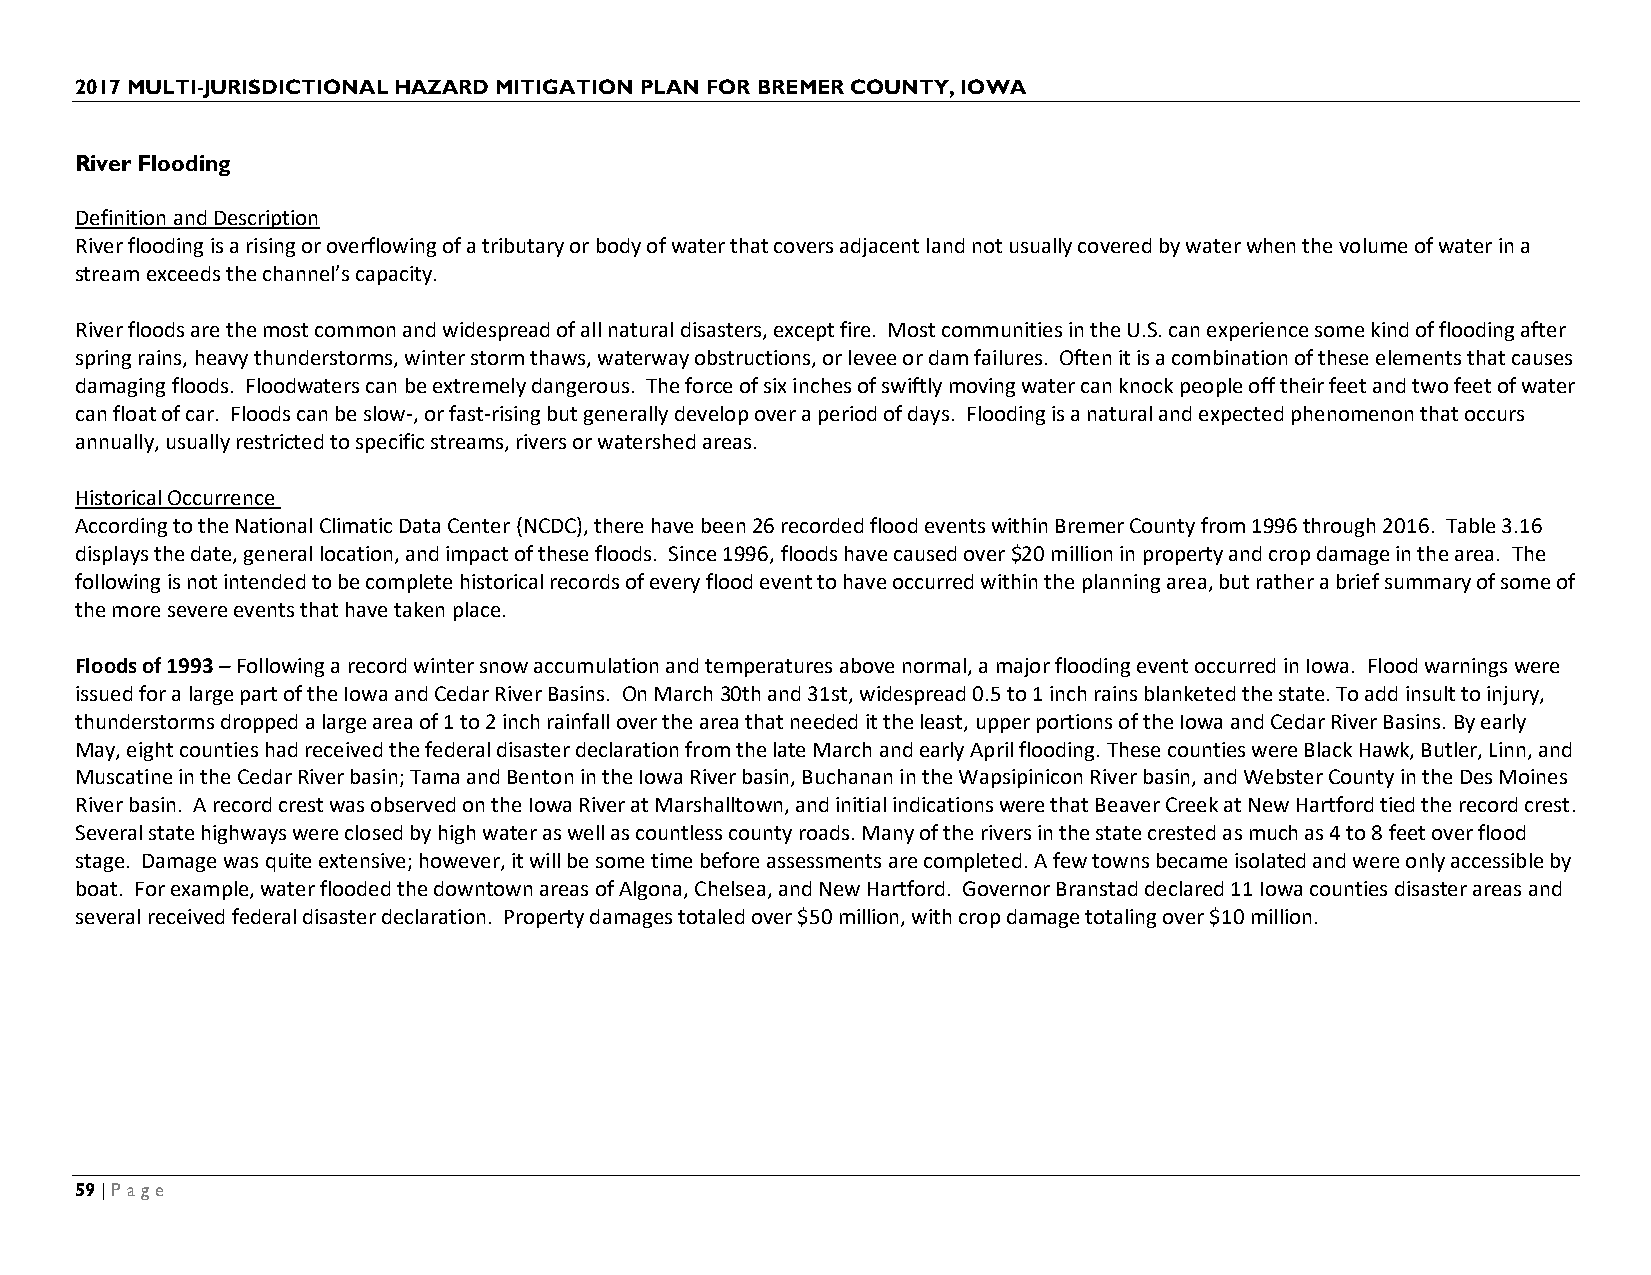
2017 MULTI-JURISDICTIONAL HAZARD MITIGATION PLAN FOR BREMER COUNTY, IOWA
 River Flooding
 Definition and Description
 River flooding is a rising or overflowing of a tributary or body of water that covers adjacent land not usually covered by water when the volume of water in a
 stream exceeds the channel’s capacity.
 River floods are the most common and widespread of all natural disasters, except fire. Most communities in the U.S. can experience some kind of flooding after
 spring rains, heavy thunderstorms, winter storm thaws, waterway obstructions, or levee or dam failures. Often it is a combination of these elements that causes
 damaging floods. Floodwaters can be extremely dangerous. The force of six inches of swiftly moving water can knock people off their feet and two feet of water
 can float of car. Floods can be slow-, or fast-rising but generally develop over a period of days. Flooding is a natural and expected phenomenon that occurs
 annually, usually restricted to specific streams, rivers or watershed areas.
 Historical Occurrence
 According to the National Climatic Data Center (NCDC), there have been 26 recorded flood events within Bremer County from 1996 through 2016. Table 3.16
 displays the date, general location, and impact of these floods. Since 1996, floods have caused over $20 million in property and crop damage in the area. The
 following is not intended to be complete historical records of every flood event to have occurred within the planning area, but rather a brief summary of some of
 the more severe events that have taken place.
 Floods of 1993 – Following a record winter snow accumulation and temperatures above normal, a major flooding event occurred in Iowa. Flood warnings were
 issued for a large part of the Iowa and Cedar River Basins. On March 30th and 31st, widespread 0.5 to 1 inch rains blanketed the state. To add insult to injury,
 thunderstorms dropped a large area of 1 to 2 inch rainfall over the area that needed it the least, upper portions of the Iowa and Cedar River Basins. By early
 May, eight counties had received the federal disaster declaration from the late March and early April flooding. These counties were Black Hawk, Butler, Linn, and
 Muscatine in the Cedar River basin; Tama and Benton in the Iowa River basin, Buchanan in the Wapsipinicon River basin, and Webster County in the Des Moines
 River basin. A record crest was observed on the Iowa River at Marshalltown, and initial indications were that Beaver Creek at New Hartford tied the record crest.
 Several state highways were closed by high water as well as countless county roads. Many of the rivers in the state crested as much as 4 to 8 feet over flood
 stage. Damage was quite extensive; however, it will be some time before assessments are completed. A few towns became isolated and were only accessible by
 boat. For example, water flooded the downtown areas of Algona, Chelsea, and New Hartford. Governor Branstad declared 11 Iowa counties disaster areas and
 several received federal disaster declaration. Property damages totaled over $50 million, with crop damage totaling over $10 million.
 59 | Page